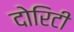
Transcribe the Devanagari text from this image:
दोरिटी